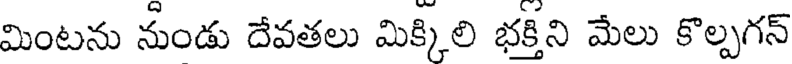
మింటను నుండు దేవతలు మిక్కిలి భక్తిని మేలు కొల్పగన్